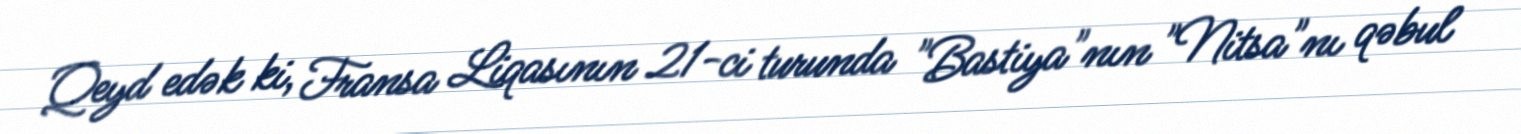
Qeyd edək ki, Fransa Liqasının 21-ci turunda "Bastiya"nın "Nitsa"nı qəbul